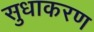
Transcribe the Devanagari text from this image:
सुधाकरण